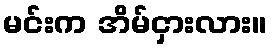
မင်းက အိမ်ငှားလား။